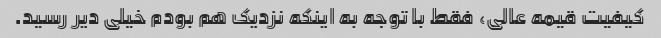
کیفیت قیمه عالی، فقط با توجه به اینکه نزدیک هم بودم خیلی دیر رسید.